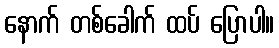
နောက် တစ်ခေါက် ထပ် ပြောပါ။